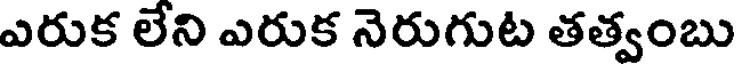
ఎరుక లేని ఎరుక నెరుగుట తత్వంబు